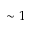
\sim 1